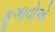
ફૂગાવોએ